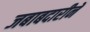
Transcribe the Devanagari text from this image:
जबाबदारीनें